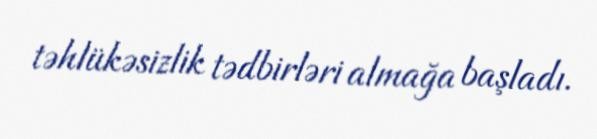
təhlükəsizlik tədbirləri almağa başladı.